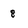
Character: 8